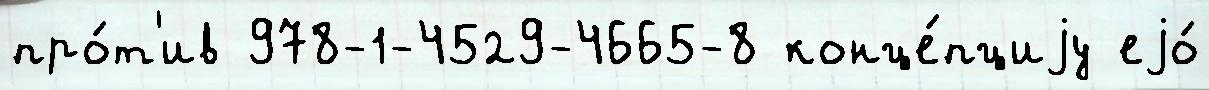
про́т'ив 978-1-4529-4665-8 конце́пциjу еjо́